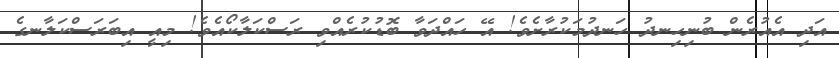
އަދި އެއުރެން ބުނިހިނދު ހަނދުމަކުރާށެވެ! އޭ ހައްދަވާ ބޮޑުކުރެއްވި ރަސްކަލާކޯއެވެ! މިއީ އިބަރަސްކަލާނގެ